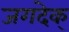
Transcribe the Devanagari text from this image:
जगदेक्